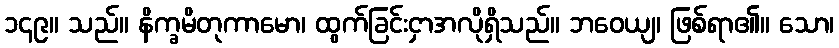
၁၄၉။ သည်။ နိက္ခမိတုကာမော၊ ထွက်ခြင်းငှာအလိုရှိသည်။ ဘဝေယျ၊ ဖြစ်ရာ၏။ သော၊